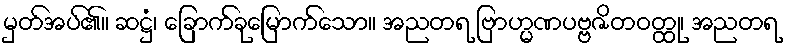
မှတ်အပ်၏။ ဆဋ္ဌံ၊ ခြောက်ခုမြောက်သော။ အညတရ ဗြာဟ္မဏပဗ္ဗဇိတဝတ္ထု၊ အညတရ